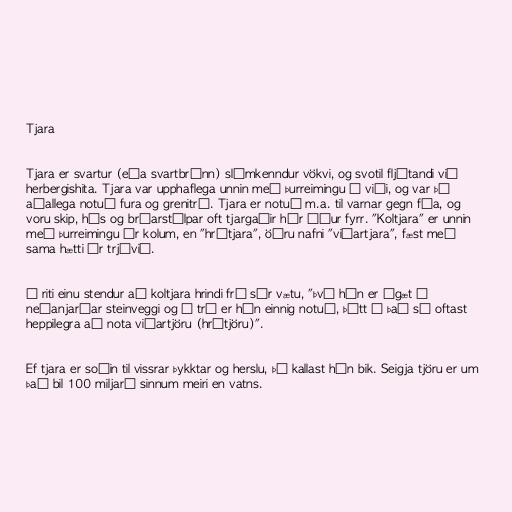
Tjara

Tjara er svartur (eða svartbrúnn) slímkenndur vökvi, og svotil fljótandi við
herbergishita. Tjara var upphaflega unnin með þurreimingu á viði, og var þá
aðallega notuð fura og grenitré. Tjara er notuð m.a. til varnar gegn fúa, og
voru skip, hús og brúarstólpar oft tjargaðir hér áður fyrr. "Koltjara" er unnin
með þurreimingu úr kolum, en "hrátjara", öðru nafni "viðartjara", fæst með
sama hætti úr trjávið.

Í riti einu stendur að koltjara hrindi frá sér vætu, "því hún er ágæt á
neðanjarðar steinveggi og á tré er hún einnig notuð, þótt á það sé oftast
heppilegra að nota viðartjöru (hrátjöru)".

Ef tjara er soðin til vissrar þykktar og herslu, þá kallast hún bik. Seigja tjöru er um
það bil 100 miljarð sinnum meiri en vatns.